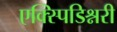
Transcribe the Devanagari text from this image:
एक्स्पिडिश्नरी